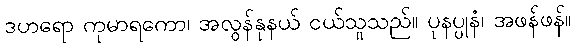
ဒဟရော ကုမာရကော၊ အလွန်နုနယ် ငယ်သူသည်။ ပုနပ္ပုနံ၊ အဖန်ဖန်။